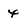
Character: 4